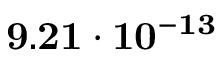
\mathbf { 9 . 2 1 \cdot 1 0 ^ { - 1 3 } }